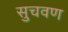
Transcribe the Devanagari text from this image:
सुचवण